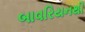
બાવરિયનથી